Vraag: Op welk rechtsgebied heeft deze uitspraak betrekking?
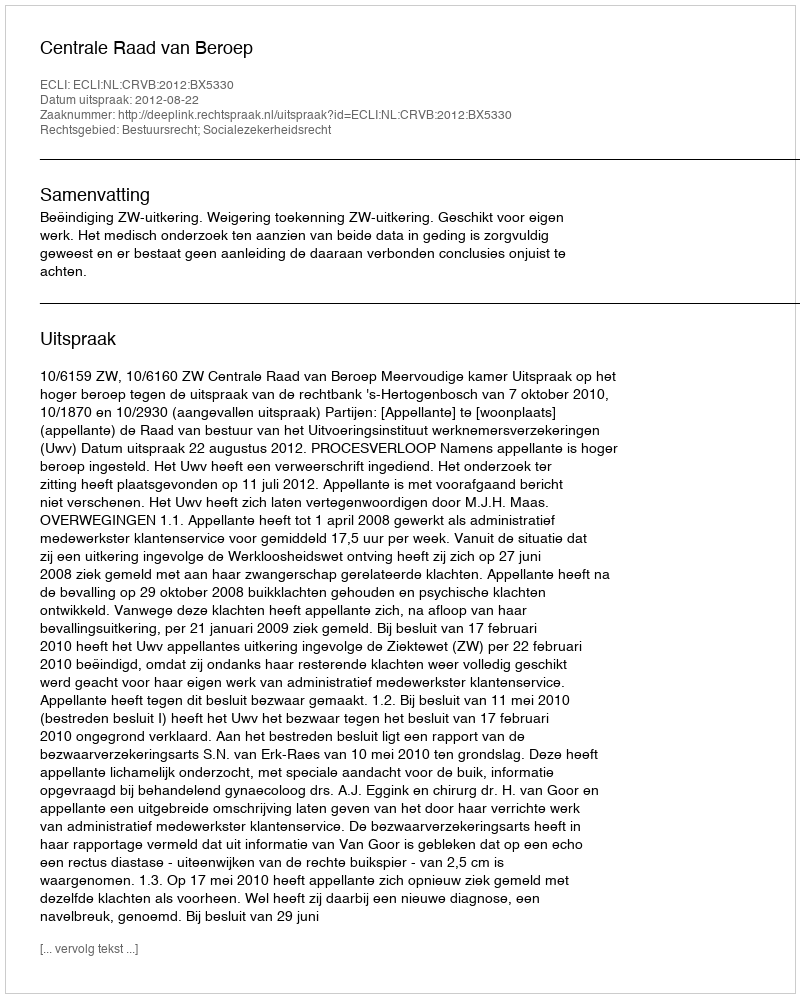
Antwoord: Bestuursrecht; Socialezekerheidsrecht